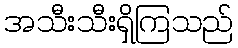
အသီးသီးရှိကြသည်